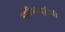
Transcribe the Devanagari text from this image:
समीक्षादृष्टीची